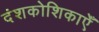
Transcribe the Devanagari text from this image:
दंशकोशिकाएँ